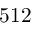
5 1 2